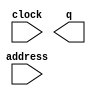
// megafunction wizard: %ROM: 1-PORT%VBB%
// GENERATION: STANDARD
// VERSION: WM1.0
// MODULE: altsyncram 

// ============================================================
// Megafunction Name(s):
// 			altsyncram
//
// Simulation Library Files(s):
// 			altera_mf
// ============================================================
// ************************************************************
// THIS IS A WIZARD-GENERATED FILE. DO NOT EDIT THIS FILE!
//
// 16.0.0 Build 211 04/27/2016 SJ Standard Edition
// ************************************************************

//Copyright (C) 1991-2016 Altera Corporation. All rights reserved.
//Your use of Altera Corporation's design tools, logic functions 
//and other software and tools, and its AMPP partner logic 
//functions, and any output files from any of the foregoing 
//(including device programming or simulation files), and any 
//associated documentation or information are expressly subject 
//to the terms and conditions of the Altera Program License 
//Subscription Agreement, the Altera Quartus Prime License Agreement,
//the Altera MegaCore Function License Agreement, or other 
//applicable license agreement, including, without limitation, 
//that your use is for the sole purpose of programming logic 
//devices manufactured by Altera and sold by Altera or its 
//authorized distributors.  Please refer to the applicable 
//agreement for further details.

module Title3 (
	address,
	clock,
	q);

	input	[14:0]  address;
	input	  clock;
	output	[2:0]  q;
`ifndef ALTERA_RESERVED_QIS
// synopsys translate_off
`endif
	tri1	  clock;
`ifndef ALTERA_RESERVED_QIS
// synopsys translate_on
`endif

endmodule

// ============================================================
// CNX file retrieval info
// ============================================================
// Retrieval info: PRIVATE: ADDRESSSTALL_A NUMERIC "0"
// Retrieval info: PRIVATE: AclrAddr NUMERIC "0"
// Retrieval info: PRIVATE: AclrByte NUMERIC "0"
// Retrieval info: PRIVATE: AclrOutput NUMERIC "0"
// Retrieval info: PRIVATE: BYTE_ENABLE NUMERIC "0"
// Retrieval info: PRIVATE: BYTE_SIZE NUMERIC "8"
// Retrieval info: PRIVATE: BlankMemory NUMERIC "0"
// Retrieval info: PRIVATE: CLOCK_ENABLE_INPUT_A NUMERIC "0"
// Retrieval info: PRIVATE: CLOCK_ENABLE_OUTPUT_A NUMERIC "0"
// Retrieval info: PRIVATE: Clken NUMERIC "0"
// Retrieval info: PRIVATE: IMPLEMENT_IN_LES NUMERIC "0"
// Retrieval info: PRIVATE: INIT_FILE_LAYOUT STRING "PORT_A"
// Retrieval info: PRIVATE: INIT_TO_SIM_X NUMERIC "0"
// Retrieval info: PRIVATE: INTENDED_DEVICE_FAMILY STRING "Cyclone V"
// Retrieval info: PRIVATE: JTAG_ENABLED NUMERIC "0"
// Retrieval info: PRIVATE: JTAG_ID STRING "NONE"
// Retrieval info: PRIVATE: MAXIMUM_DEPTH NUMERIC "0"
// Retrieval info: PRIVATE: MIFfilename STRING "./MIF/Title/Title3.mif"
// Retrieval info: PRIVATE: NUMWORDS_A NUMERIC "32768"
// Retrieval info: PRIVATE: RAM_BLOCK_TYPE NUMERIC "0"
// Retrieval info: PRIVATE: RegAddr NUMERIC "1"
// Retrieval info: PRIVATE: RegOutput NUMERIC "0"
// Retrieval info: PRIVATE: SYNTH_WRAPPER_GEN_POSTFIX STRING "0"
// Retrieval info: PRIVATE: SingleClock NUMERIC "1"
// Retrieval info: PRIVATE: UseDQRAM NUMERIC "0"
// Retrieval info: PRIVATE: WidthAddr NUMERIC "15"
// Retrieval info: PRIVATE: WidthData NUMERIC "3"
// Retrieval info: PRIVATE: rden NUMERIC "0"
// Retrieval info: LIBRARY: altera_mf altera_mf.altera_mf_components.all
// Retrieval info: CONSTANT: ADDRESS_ACLR_A STRING "NONE"
// Retrieval info: CONSTANT: CLOCK_ENABLE_INPUT_A STRING "BYPASS"
// Retrieval info: CONSTANT: CLOCK_ENABLE_OUTPUT_A STRING "BYPASS"
// Retrieval info: CONSTANT: INIT_FILE STRING "./MIF/Title/Title3.mif"
// Retrieval info: CONSTANT: INTENDED_DEVICE_FAMILY STRING "Cyclone V"
// Retrieval info: CONSTANT: LPM_HINT STRING "ENABLE_RUNTIME_MOD=NO"
// Retrieval info: CONSTANT: LPM_TYPE STRING "altsyncram"
// Retrieval info: CONSTANT: NUMWORDS_A NUMERIC "32768"
// Retrieval info: CONSTANT: OPERATION_MODE STRING "ROM"
// Retrieval info: CONSTANT: OUTDATA_ACLR_A STRING "NONE"
// Retrieval info: CONSTANT: OUTDATA_REG_A STRING "UNREGISTERED"
// Retrieval info: CONSTANT: WIDTHAD_A NUMERIC "15"
// Retrieval info: CONSTANT: WIDTH_A NUMERIC "3"
// Retrieval info: CONSTANT: WIDTH_BYTEENA_A NUMERIC "1"
// Retrieval info: USED_PORT: address 0 0 15 0 INPUT NODEFVAL "address[14..0]"
// Retrieval info: USED_PORT: clock 0 0 0 0 INPUT VCC "clock"
// Retrieval info: USED_PORT: q 0 0 3 0 OUTPUT NODEFVAL "q[2..0]"
// Retrieval info: CONNECT: @address_a 0 0 15 0 address 0 0 15 0
// Retrieval info: CONNECT: @clock0 0 0 0 0 clock 0 0 0 0
// Retrieval info: CONNECT: q 0 0 3 0 @q_a 0 0 3 0
// Retrieval info: GEN_FILE: TYPE_NORMAL Title3.v TRUE
// Retrieval info: GEN_FILE: TYPE_NORMAL Title3.inc FALSE
// Retrieval info: GEN_FILE: TYPE_NORMAL Title3.cmp FALSE
// Retrieval info: GEN_FILE: TYPE_NORMAL Title3.bsf FALSE
// Retrieval info: GEN_FILE: TYPE_NORMAL Title3_inst.v FALSE
// Retrieval info: GEN_FILE: TYPE_NORMAL Title3_bb.v TRUE
// Retrieval info: LIB_FILE: altera_mf